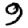
Digit: 9